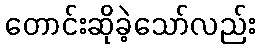
တောင်းဆိုခဲ့သော်လည်း